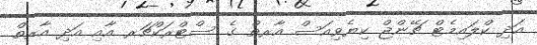
އަދި ކްލައިމެޓް ޗޭންޖް ކިޔެވިއަސް އާރތް ގެ ސްޓްރަކްޗަރ އާއި އަދި އާރތް